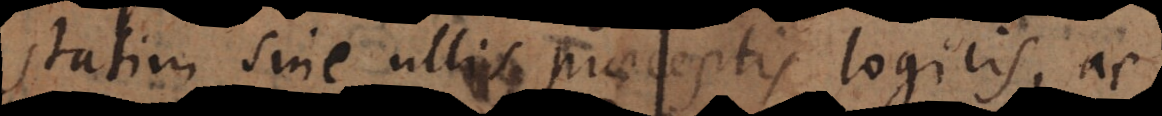
statim sine ullis praeceptis logicis, ac